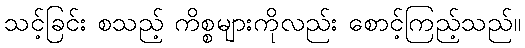
သင့်ခြင်း စသည့် ကိစ္စများကိုလည်း စောင့်ကြည့်သည်။